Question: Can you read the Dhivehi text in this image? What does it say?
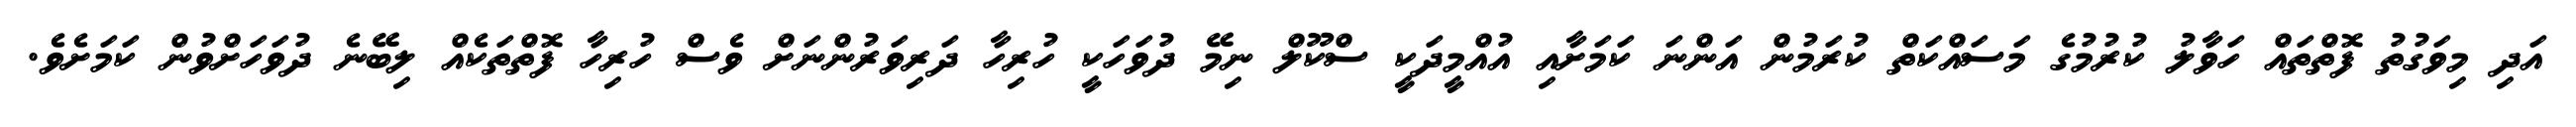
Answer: އަދި މިވަގުތު ފޮތްތައް ހަވާލު ކުރުމުގެ މަސައްކަތް ކުރަމުން އަންނަ ކަމަށާއި އުއްމީދަކީ ސްކޫލް ނިމޭ ދުވަހަކީ ހުރިހާ ދަރިވަރުންނަށް ވެސް ހުރިހާ ފޮތްތަކެއް ލިބޭނެ ދުވަހަށްވުން ކަމަށެވެ.